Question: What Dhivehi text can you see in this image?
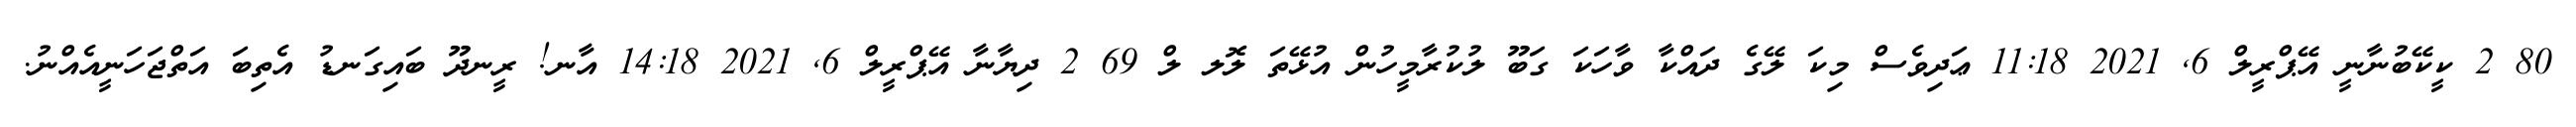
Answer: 80 2 ކީކޭބުނާނީ އޭޕްރީލް 6, 2021 11:18 ޢަދިވެސް މިކަ ލޭގެ ދައްކާ ވާހަކަ ގަބޫ ލުކުރާމީހުން އުޅޭތަ ލޮލ ލް 69 2 ދިޔާނާ އޭޕްރީލް 6, 2021 14:18 އާނ! ރީނދޫ ބައިގަނޑު އެތިބަ އަތްޖަހަނީއެއްނު.